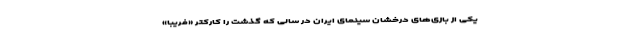
یکی از بازی‌های درخشان سینمای ایران در سالی که گذشت را کارکتر «فریبا»